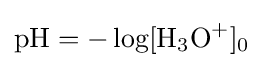
{\mathrm {pH} }=-\log[{\mathrm {H} {\vphantom {A}}_{\smash[{t}]{3}}\mathrm {O} {\vphantom {A}}^{+}}]_{0}